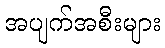
အပျက်အစီးများ